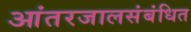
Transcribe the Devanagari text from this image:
आंतरजालसंबंधित